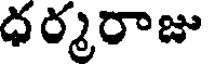
ధర్మరాజు